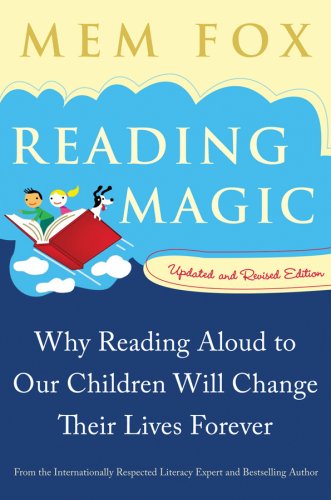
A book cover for Reading Magic: Why Reading Aloud to Our Children Will Change Their Lives Forever; Mem Fox; Literature & Fiction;